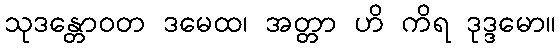
သုဒန္တောဝတ ဒမေထ၊ အတ္တာ ဟိ ကိရ ဒုဒ္ဒမော။